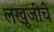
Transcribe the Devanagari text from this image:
लखूजीचे